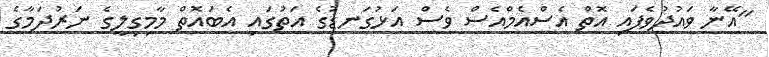
"އޭނާ ވައުދުވެފައި އޮތް އެސްއެމްއެސް ވެސް އަޅުގަނޑުގެ އަތުގައި އެބައޮތް މާމިގިލީގެ ނަރުދަމާގެ